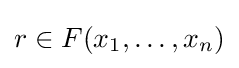
r\in F(x_{1},\ldots ,x_{n})